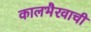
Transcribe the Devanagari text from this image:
कालभैरवाची